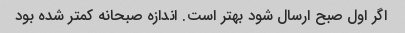
اگر اول صبح ارسال شود بهتر است. اندازه صبحانه کمتر شده بود